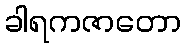
ခါရကဇာတော